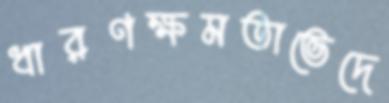
ধারণক্ষমতাভেদে